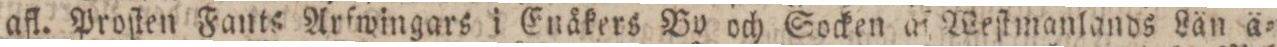
afl. Proſten Fants Arfwingars i Enåkers By och Socken af Weſtmanlands Län ä=